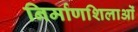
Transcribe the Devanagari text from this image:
निर्माणशिलाओं